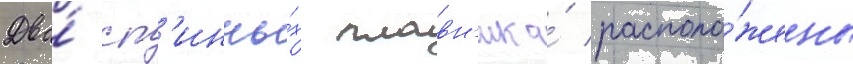
Два́ сп'инны́х плавн'ика́ располо́жены